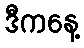
ဒီကနေ့